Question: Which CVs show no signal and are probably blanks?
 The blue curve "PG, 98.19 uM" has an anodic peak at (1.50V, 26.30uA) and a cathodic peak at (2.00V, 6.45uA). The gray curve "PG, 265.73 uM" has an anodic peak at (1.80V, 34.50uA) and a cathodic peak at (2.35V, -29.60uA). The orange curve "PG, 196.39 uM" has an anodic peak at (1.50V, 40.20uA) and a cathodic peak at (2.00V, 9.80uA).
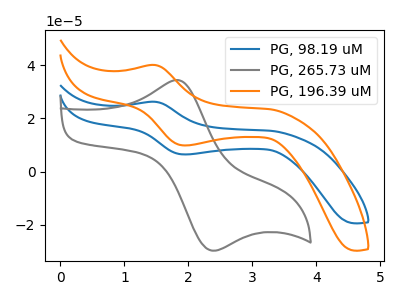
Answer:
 <answer>There are not any CV's on this graph that are likely to be blanks.</answer>
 <eval>none</eval>